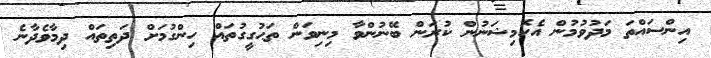
އިންސައްތަ މަދުވުމުން އެކޮމިޝަނުން ކުރަން ބޭނުންވާ މިނިވަން ތަޙުގީގުތައް ހިންގުމަށް ދަތިތައް ދިމާވެދާނެ